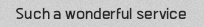
Such a wonderful service